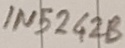
Text: IN5242B